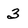
Character: 3